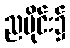
ညပိုင်း၌